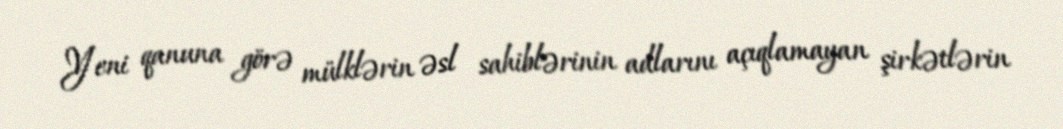
Yeni qanuna görə mülklərin əsl sahiblərinin adlarını açıqlamayan şirkətlərin